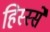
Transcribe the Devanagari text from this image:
हिस्‍स्‍से